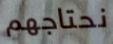
نحتاجهم